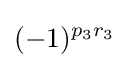
(-1)^{p_{3}r_{3}}